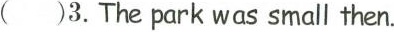
( )3.The park was small then.